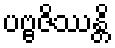
ပဗ္ဗဇိဿန္တိ